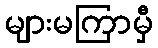
များမကြာမှီ